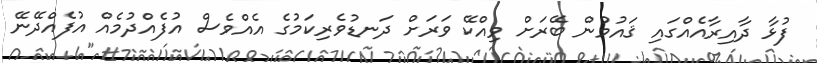
ފުޅާ ދާއިރާއެއްގައި ޤައުމުން ބޭރަށް ވިއްކޭ ވަރަށް ދަނޑުވެރިކަމުގެ އެއްވެސް އުފެއްދުމެއް އުފެއްދޭނޭ